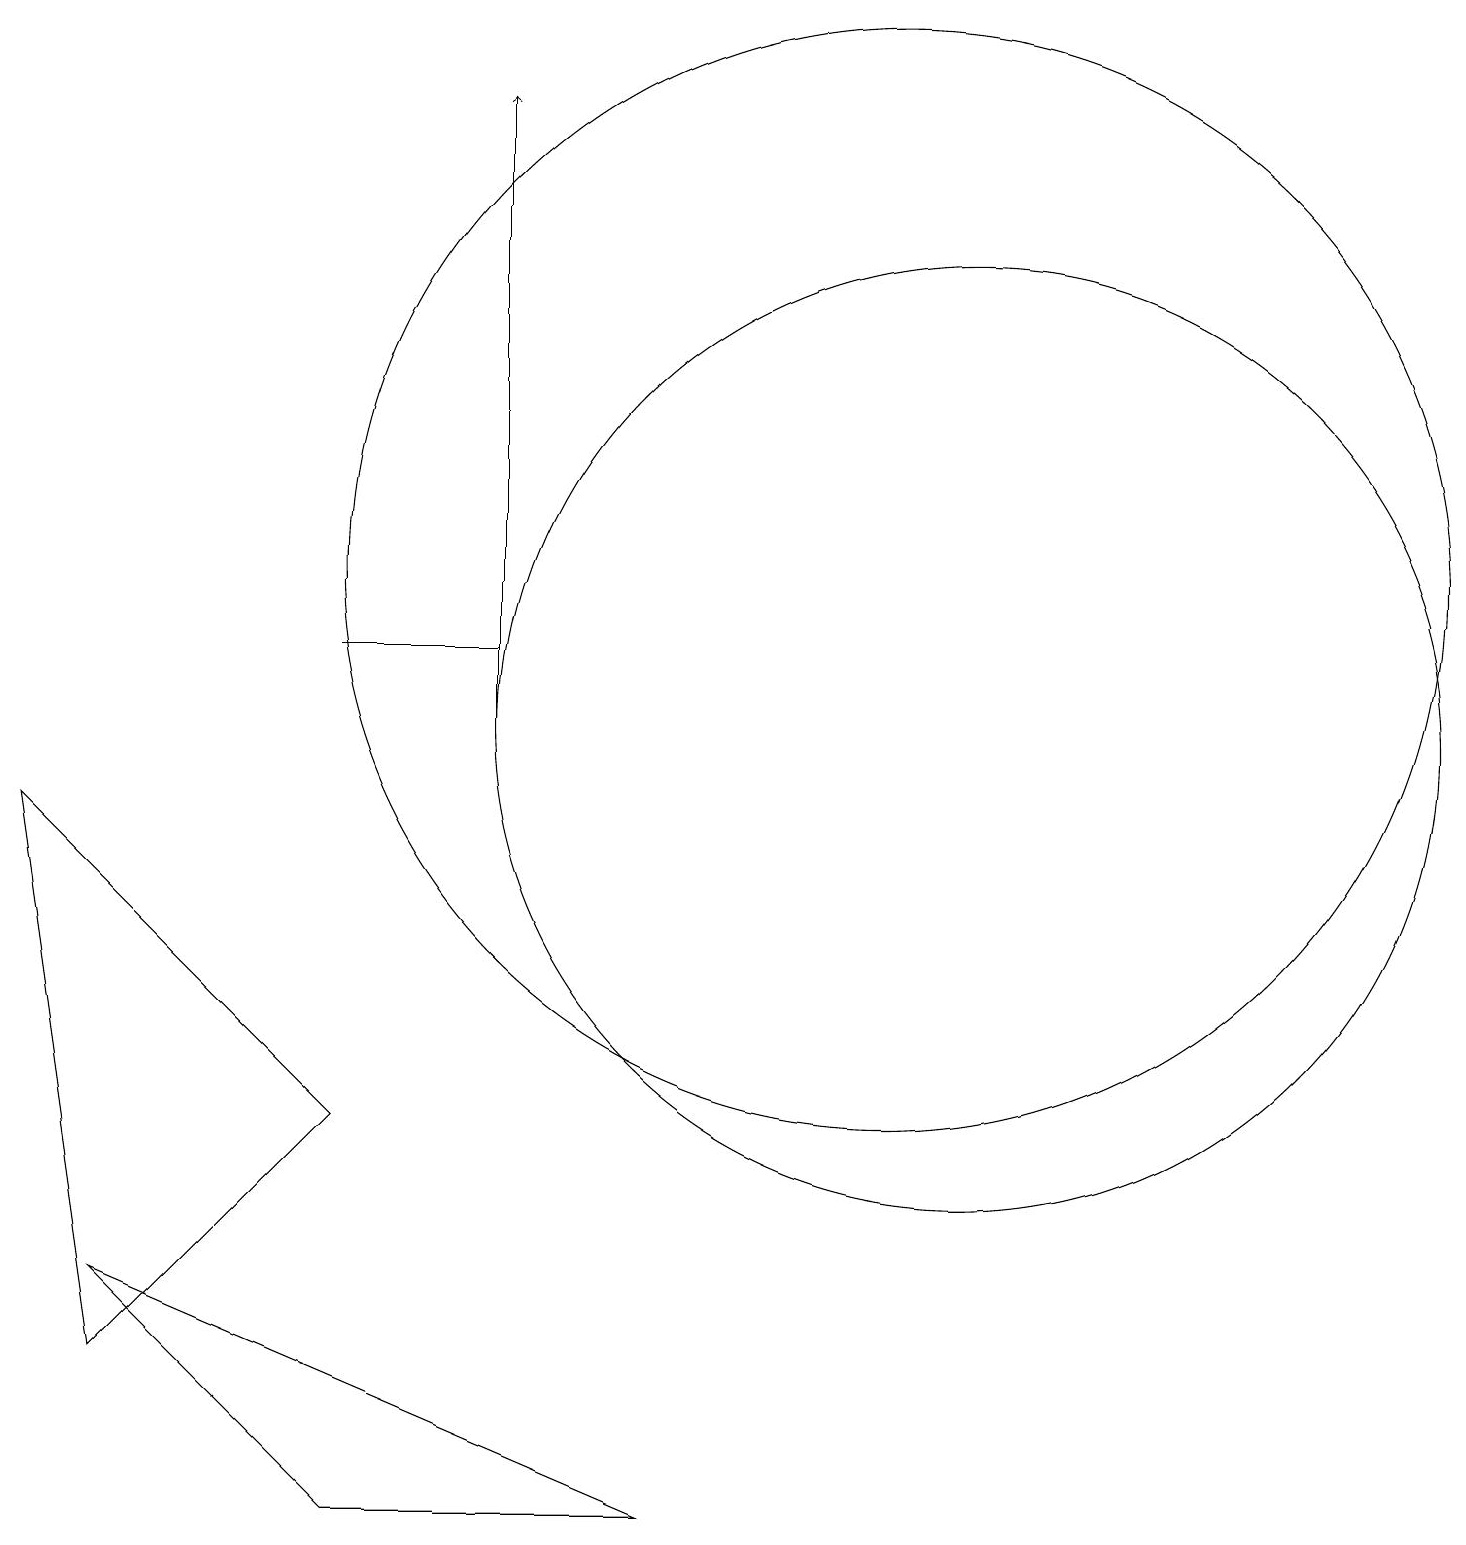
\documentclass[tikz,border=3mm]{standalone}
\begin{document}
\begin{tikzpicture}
\draw (6,11) rectangle (4,11);
\draw[->] (6,10) -- (6,18);
\draw (12,10) circle (6);
\draw (11,12) circle (7);
\draw (4,5) -- (1,2) -- (0,9) -- cycle;
\draw (8,0) -- (1,3) -- (4,0) -- cycle;
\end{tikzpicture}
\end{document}